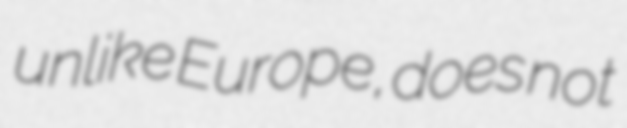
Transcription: unlike Europe, does not